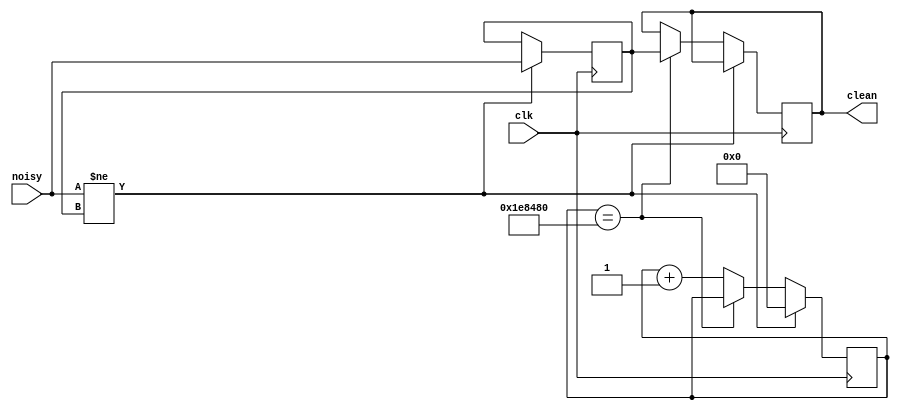
`timescale 1ns / 1ps
//////////////////////////////////////////////////////////////////////////////////
// Company: 
// Engineer: 
// 
// Design Name: 
// Module Name:    debounce 
// Project Name: 
// Target Devices: 
// Tool versions: 
// Description: 
//
// Dependencies: 
//
// Revision: 
// Revision 0.01 - File Created
// Additional Comments: 
//
//////////////////////////////////////////////////////////////////////////////////
module debounce (clk, noisy, clean);
   input clk, noisy;
   output clean;
	
	parameter NDELAY = 2000000;
   parameter NBITS = 21;

   reg [NBITS-1:0] count=0;
   reg xnew=0;
	reg clean=0;
	
	initial begin
	clean=0;
	end

   always @(posedge clk)
     if (noisy != xnew) 
	     begin 
		  xnew <= noisy; 
		  count <= 0; 
		  end
     else if (count == NDELAY) 
	       clean <= xnew;
			 else count <= count+1;

endmodule